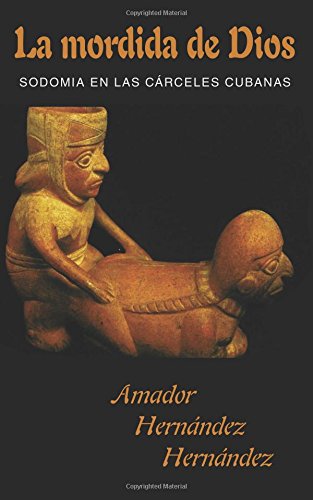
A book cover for La mordida de Dios (Spanish Edition); Amador HernÃ¡ndez HernÃ¡ndez; Literature & Fiction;